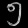
Digit: ၅